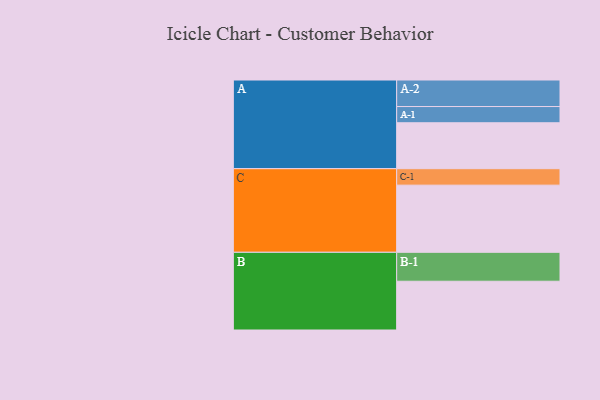
{"axis": {"x": "Segment", "y": "Value"}, "legend": ["", "A", "B", "C"], "data": [{"x": "A", "y": 405, "type": ""}, {"x": "B", "y": 430, "type": ""}, {"x": "C", "y": 592, "type": ""}, {"x": "A-1", "y": 143, "type": "A"}, {"x": "A-2", "y": 234, "type": "A"}, {"x": "B-1", "y": 255, "type": "B"}, {"x": "C-1", "y": 145, "type": "C"}]}